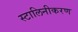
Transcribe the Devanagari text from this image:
स्टालिनीकरण